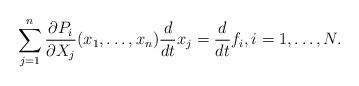
LaTeX: \begin{align*}\sum_{j=1}^n\frac{\partial P_i}{\partial X_j}(x_1,\ldots,x_n)\frac{d}{dt}x_j=\frac{d}{dt}f_i,i=1,\ldots,N.\end{align*}